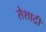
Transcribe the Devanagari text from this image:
सेशाद्री